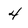
Character: 4